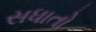
સધાતો